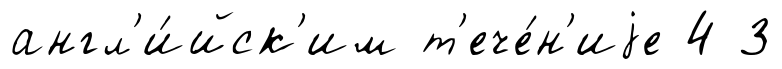
англ'и́йск'им т'ече́н'иjе 4 3